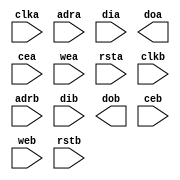
module rtfSpriteRam(
clka, adra, dia, doa, cea, wea, rsta,
clkb, adrb, dib, dob, ceb, web, rstb);
input clka;
input [10:1] adra;
input [15:0] dia;
output [15:0] doa;
input cea;				// clock enable a
input wea;
input rsta;
input clkb;
input [10:2] adrb;
input [31:0] dib;
output [31:0] dob;
input ceb;				// clock enable b
input web;
input rstb;

`ifdef VENDOR_XILINX

`ifdef SPARTAN3
	RAMB16_S18_S36 ram0(
		.CLKA(clka), .ADDRA(adra), .DIA(dia), .DIPA(2'b11), .DOA(doa), .ENA(cea), .WEA(wea), .SSRA(rsta),
		.CLKB(clkb), .ADDRB(adrb), .DIB(dib), .DIPB(4'b1111), .DOB(dob), .ENB(ceb), .WEB(web), .SSRB(rstb)  );
`endif
`ifdef SPARTAN6
	RAMB16_S18_S36 ram0(
		.CLKA(clka), .ADDRA(adra), .DIA(dia), .DIPA(2'b11), .DOA(doa), .ENA(cea), .WEA(wea), .SSRA(rsta),
		.CLKB(clkb), .ADDRB(adrb), .DIB(dib), .DIPB(4'b1111), .DOB(dob), .ENB(ceb), .WEB(web), .SSRB(rstb)  );
`endif
`endif

`ifdef VENDOR_ALTERA
`endif

`ifdef VENDOR_ANY

reg [15:0] memL [0:511];
reg [15:0] memH [0:511];
reg [10:1] radra;
reg [10:2] radrb;

// register read addresses
always @(posedge clka)
	if (cea)
		radra <= adra;
always @(posedge clkb)
	if (ceb)
		radrb <= adrb;


always @(posedge clkb)
	if (ceb)
		if (web) begin
			memL[adrb] <= dib[15: 0];
			memH[adrb] <= dib[31:16];
		end

assign doa = radra[1] ? memH[radra[10:2]] : memL[radra[10:2]];
assign dob = {memH[radrb],memL[radrb]};

`endif

endmodule